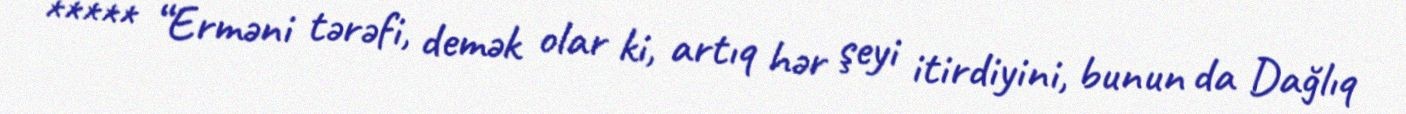
***** “Erməni tərəfi, demək olar ki, artıq hər şeyi itirdiyini, bunun da Dağlıq